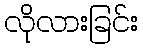
လိုလားခြင်း